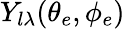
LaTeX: Y_{l\lambda}(\theta_{e},\phi_{e})